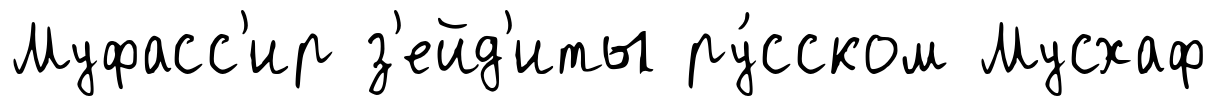
Муфасс'ир з'ейд'иты ру́сском Мусхаф